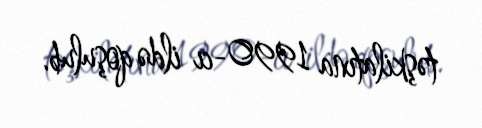
təşkilatına 1990-cı ildə qoşulub.